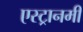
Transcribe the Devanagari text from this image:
एस्ट्रानमी